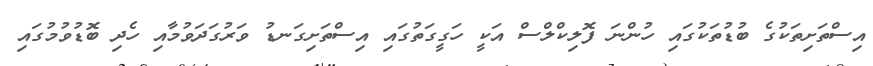
އިސްތަށިތަކުގެ ބުޑުތަކުގައި ހުންނަ ފޮލިކްލްސް އަކީ ހަގީގަތުގައި އިސްތަށިގަނޑު ވަރުގަދަވުމާއި ހެދި ބޮޑުވުމުގައި